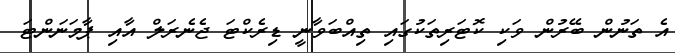
އެ ތަނުން ބޭރުން ވަކި ކޮޓަރިތަކުގައި ތިއްބަވާނީ ޑިރެކްޓަ ޖެނެރަލް އާއި ޕާމަނަންޓަ